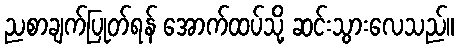
ညစာချက်ပြုတ်ရန် အောက်ထပ်သို့ ဆင်းသွားလေသည်။